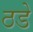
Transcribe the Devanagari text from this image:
ठडे